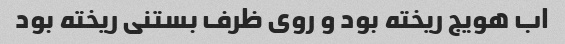
اب هویج ریخته بود و روی ظرف بستنی ریخته بود